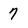
Character: 7